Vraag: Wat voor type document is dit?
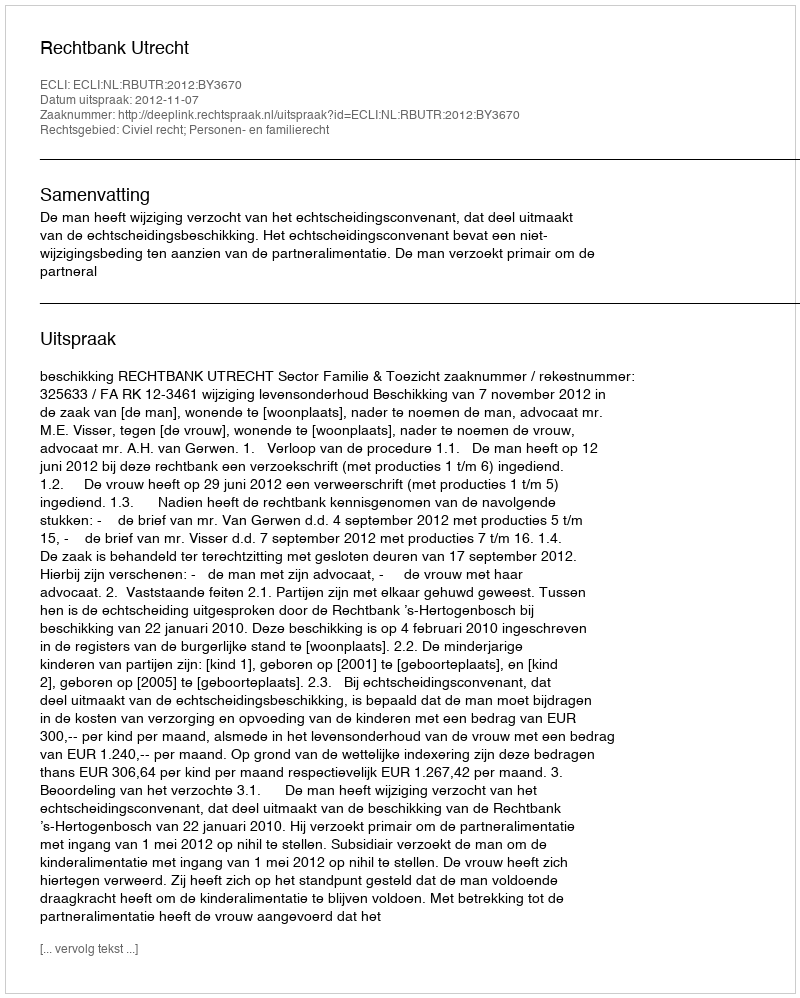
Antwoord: Uitspraak